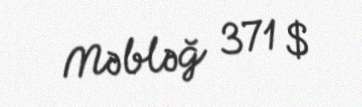
Məbləğ 371 $